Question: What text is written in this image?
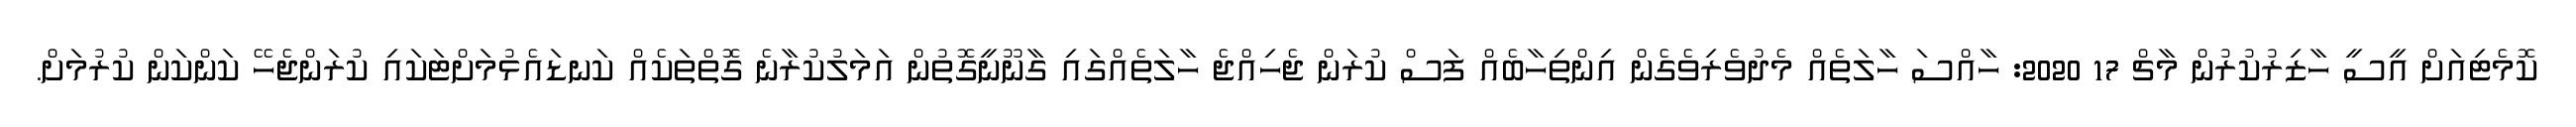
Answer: ކޮމެޓިއަށް އީސީ ހާޒިރުކުރުން މާޗް 17 2020: ހާއްސަ ހާލަތެއް މެދުވެރިވެގެން އިންތިހާބެއް ފަސް ކުރަން ޖެހިއްޖެ ހާލަތެއްގައި ގާނޫނީގޮތުން އަމަލުކުރާނެ ގޮތްތަކެއް ކަނޑައެޅުމަށްޓަކައި ކުރަންޖެހޭ ކަންކަން ކުރުމަށް.